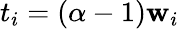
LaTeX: t_{i}=(\alpha-1)\mathbf{w}_{i}